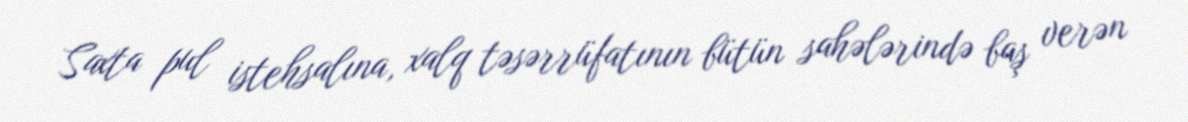
Saxta pul istehsalına, xalq təsərrüfatının bütün sahələrində baş verən